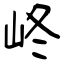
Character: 峂